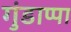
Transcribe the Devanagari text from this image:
गुंडाप्पा